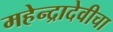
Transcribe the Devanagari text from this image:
महेन्द्रादेवीचा